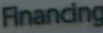
Finanding